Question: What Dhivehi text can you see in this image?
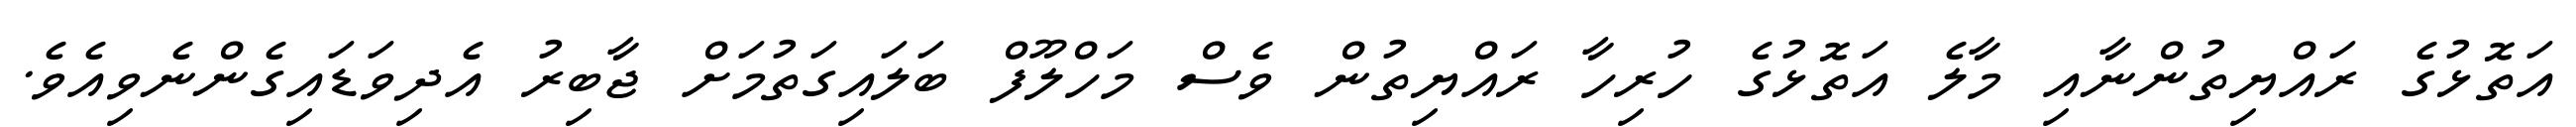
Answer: އަތޮޅުގެ ރައްޔިތުންނާއި މާލެ އަތޮޅުގެ ހުރިހާ ރައްޔިތުން ވެސް މަހްލޫފް ބަލައިގަތުމަށް ޖާބިރު އެދިވަޑައިގެންނެވިއެވެ.